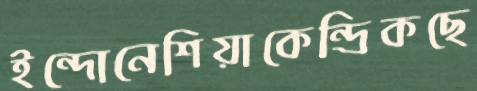
ইন্দোনেশিয়াকেন্দ্রিকছে